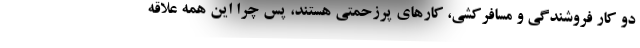
دو کار فروشندگی و مسافرکشی، کارهای پرزحمتی هستند، پس چرا این همه علاقه